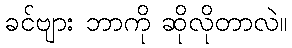
ခင်ဗျား ဘာကို ဆိုလိုတာလဲ။